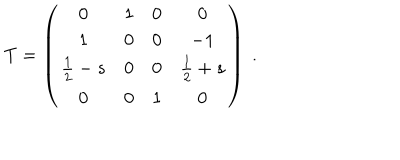
T = \left( \begin{matrix} { { 0 } } & { { 1 } } & { { 0 } } & { { 0 } } \\ { { 1 } } & { { 0 } } & { { 0 } } & { { - 1 } } \\ { { \frac { 1 } { 2 } - s } } & { { 0 } } & { { 0 } } & { { \frac { 1 } { 2 } + s } } \\ { { 0 } } & { { 0 } } & { { 1 } } & { { 0 } } \\ \end{matrix} \right) \ .